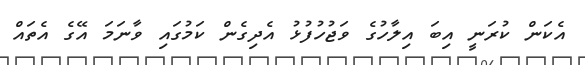
އެކަން ކުރަނީ އިބަ އިލާހުގެ ވަޖުހުފުޅު އެދިގެން ކަމުގައި ވާނަމަ އޭގެ އެތައް